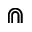
\Cap